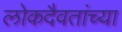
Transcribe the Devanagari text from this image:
लोकदैवतांच्या